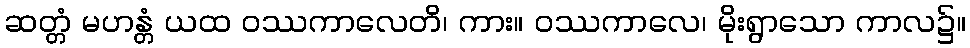
ဆတ္တံ မဟန္တံ ယထ ဝဿကာလေတိ၊ ကား။ ဝဿကာလေ၊ မိုးရွာသော ကာလ၌။